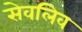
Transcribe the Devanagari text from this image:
सेवलिव